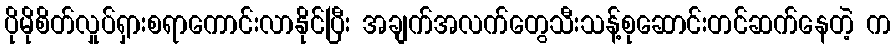
ပိုမိုစိတ်လှုပ်ရှားစရာကောင်းလာနိုင်ပြီး အချက်အလက်တွေသီးသန့်စုဆောင်းတင်ဆက်နေတဲ့ က